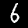
Digit: 6